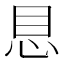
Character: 𪫩